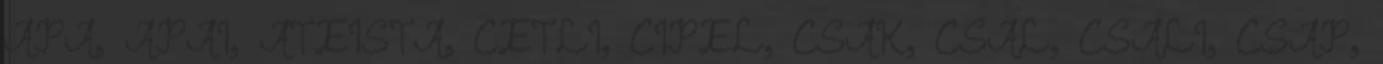
APA, APAI, ATEISTA, CETLI, CIPEL, CSAK, CSAL, CSALI, CSAP,